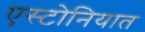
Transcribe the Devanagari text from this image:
एस्टोनियात